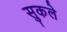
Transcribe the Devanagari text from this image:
सुकले